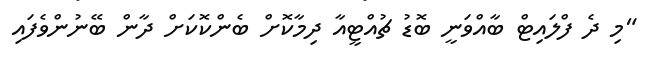
"މި ދެ ފްލައިޓް ބާއްވަނީ ބޮޑު ޗުއްޓީއާ ދިމާކޮށް ބެންކޮކަށް ދާން ބޭނުންވެފައި